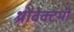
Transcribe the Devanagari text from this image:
थ्रोंबेक्टमी